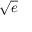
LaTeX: \textstyle { \sqrt { e } }